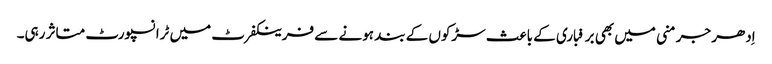
اِدھر جرمنی میں بھی برفباری کے باعث سڑکوں کے بند ہونے سے فرینکفرٹ میں ٹرانسپورٹ متاثر رہی۔